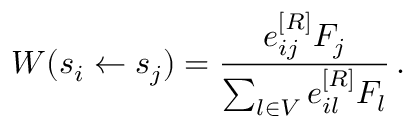
W ( s _ { i } \gets s _ { j } ) = \frac { e _ { i j } ^ { [ R ] } F _ { j } } { \sum _ { l \in V } e _ { i l } ^ { [ R ] } F _ { l } } \, .